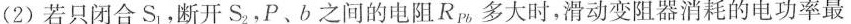
(2)若只闭合S_{1}，断开S_{2}，P、b之间的电阻R_{Pb}，多大时，滑动变阻器消耗的电功率最